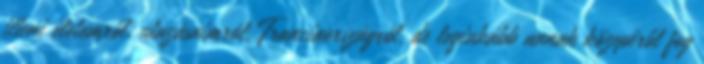
itteni életemről, utazásaimról, Franciaországról, de leginkább annak közepéről fog